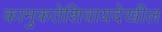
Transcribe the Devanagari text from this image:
कामुकतेशिवायदेखील